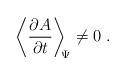
LaTeX: \begin{align*}\left\langle\frac{\partial A}{ \partial t}\right\rangle_{\scriptstyle \! \! \Psi}\neq 0\; .\end{align*}